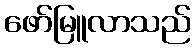
ဖော်မြူလာသည်